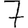
Digit: 7